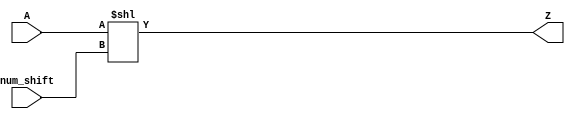
module shl_32(input [31:0] A, num_shift, output [31:0] Z);
assign Z[31:0] = A<<num_shift;
endmodule